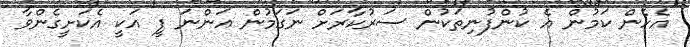
އެހެން ކަމުން އެ ކުންފުނިތަކުން ސަރުކާރަށް ނަގަމުން އަންނަ ފީ އަކީ އެކަށީގެންވާ